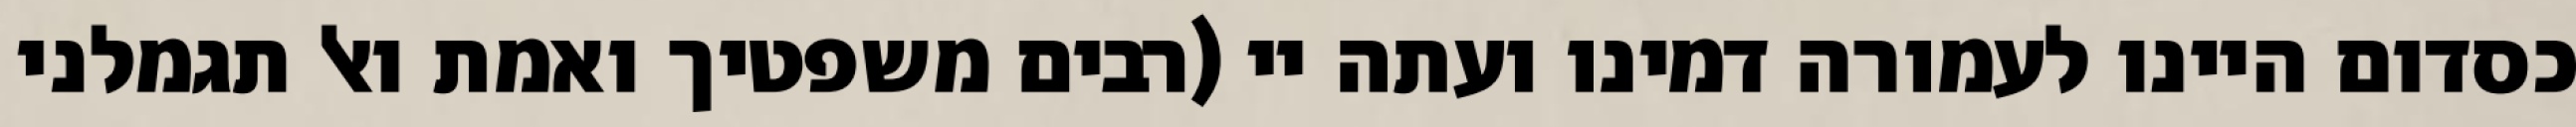
כסדום היינו לעמורה דמינו ועתה יי (רבים משפטיך ואמת ואל תגמלני